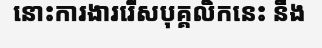
នោះការងាររើសបុគ្គលិកនេះ នឹង